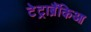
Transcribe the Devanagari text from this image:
टेट्राब्रैंकिआ